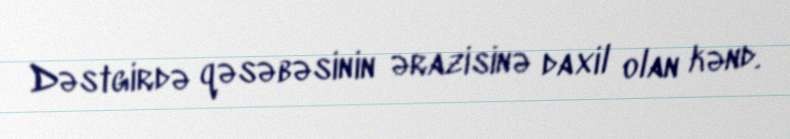
Dəstgirdə qəsəbəsinin ərazisinə daxil olan kənd.